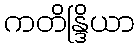
ကတိန္ဒြိယာ